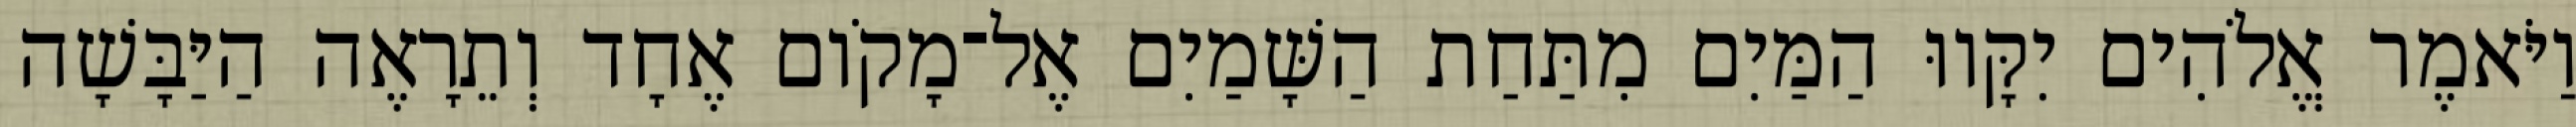
וַיֹּאמֶר אֱלֹהִים יִקָּווּ הַמַּיִם מִתַּחַת הַשָּׁמַיִם אֶל־מָקֹום אֶחָד וְתֵרָאֶה הַיַּבָּשָׁה